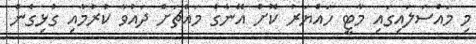
މި މައްސަލައިގައި މާޓީ ހައްޔަރު ކޮށް އޭނާގެ މައްޗަށް ދައުވާ ކުރުމާއި ގުޅިގެން